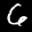
Label: 6